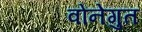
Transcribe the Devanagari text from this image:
वोंनेगुत